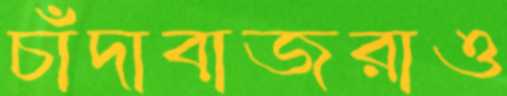
চাঁদাবাজরাও